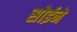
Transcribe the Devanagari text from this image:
सोईने